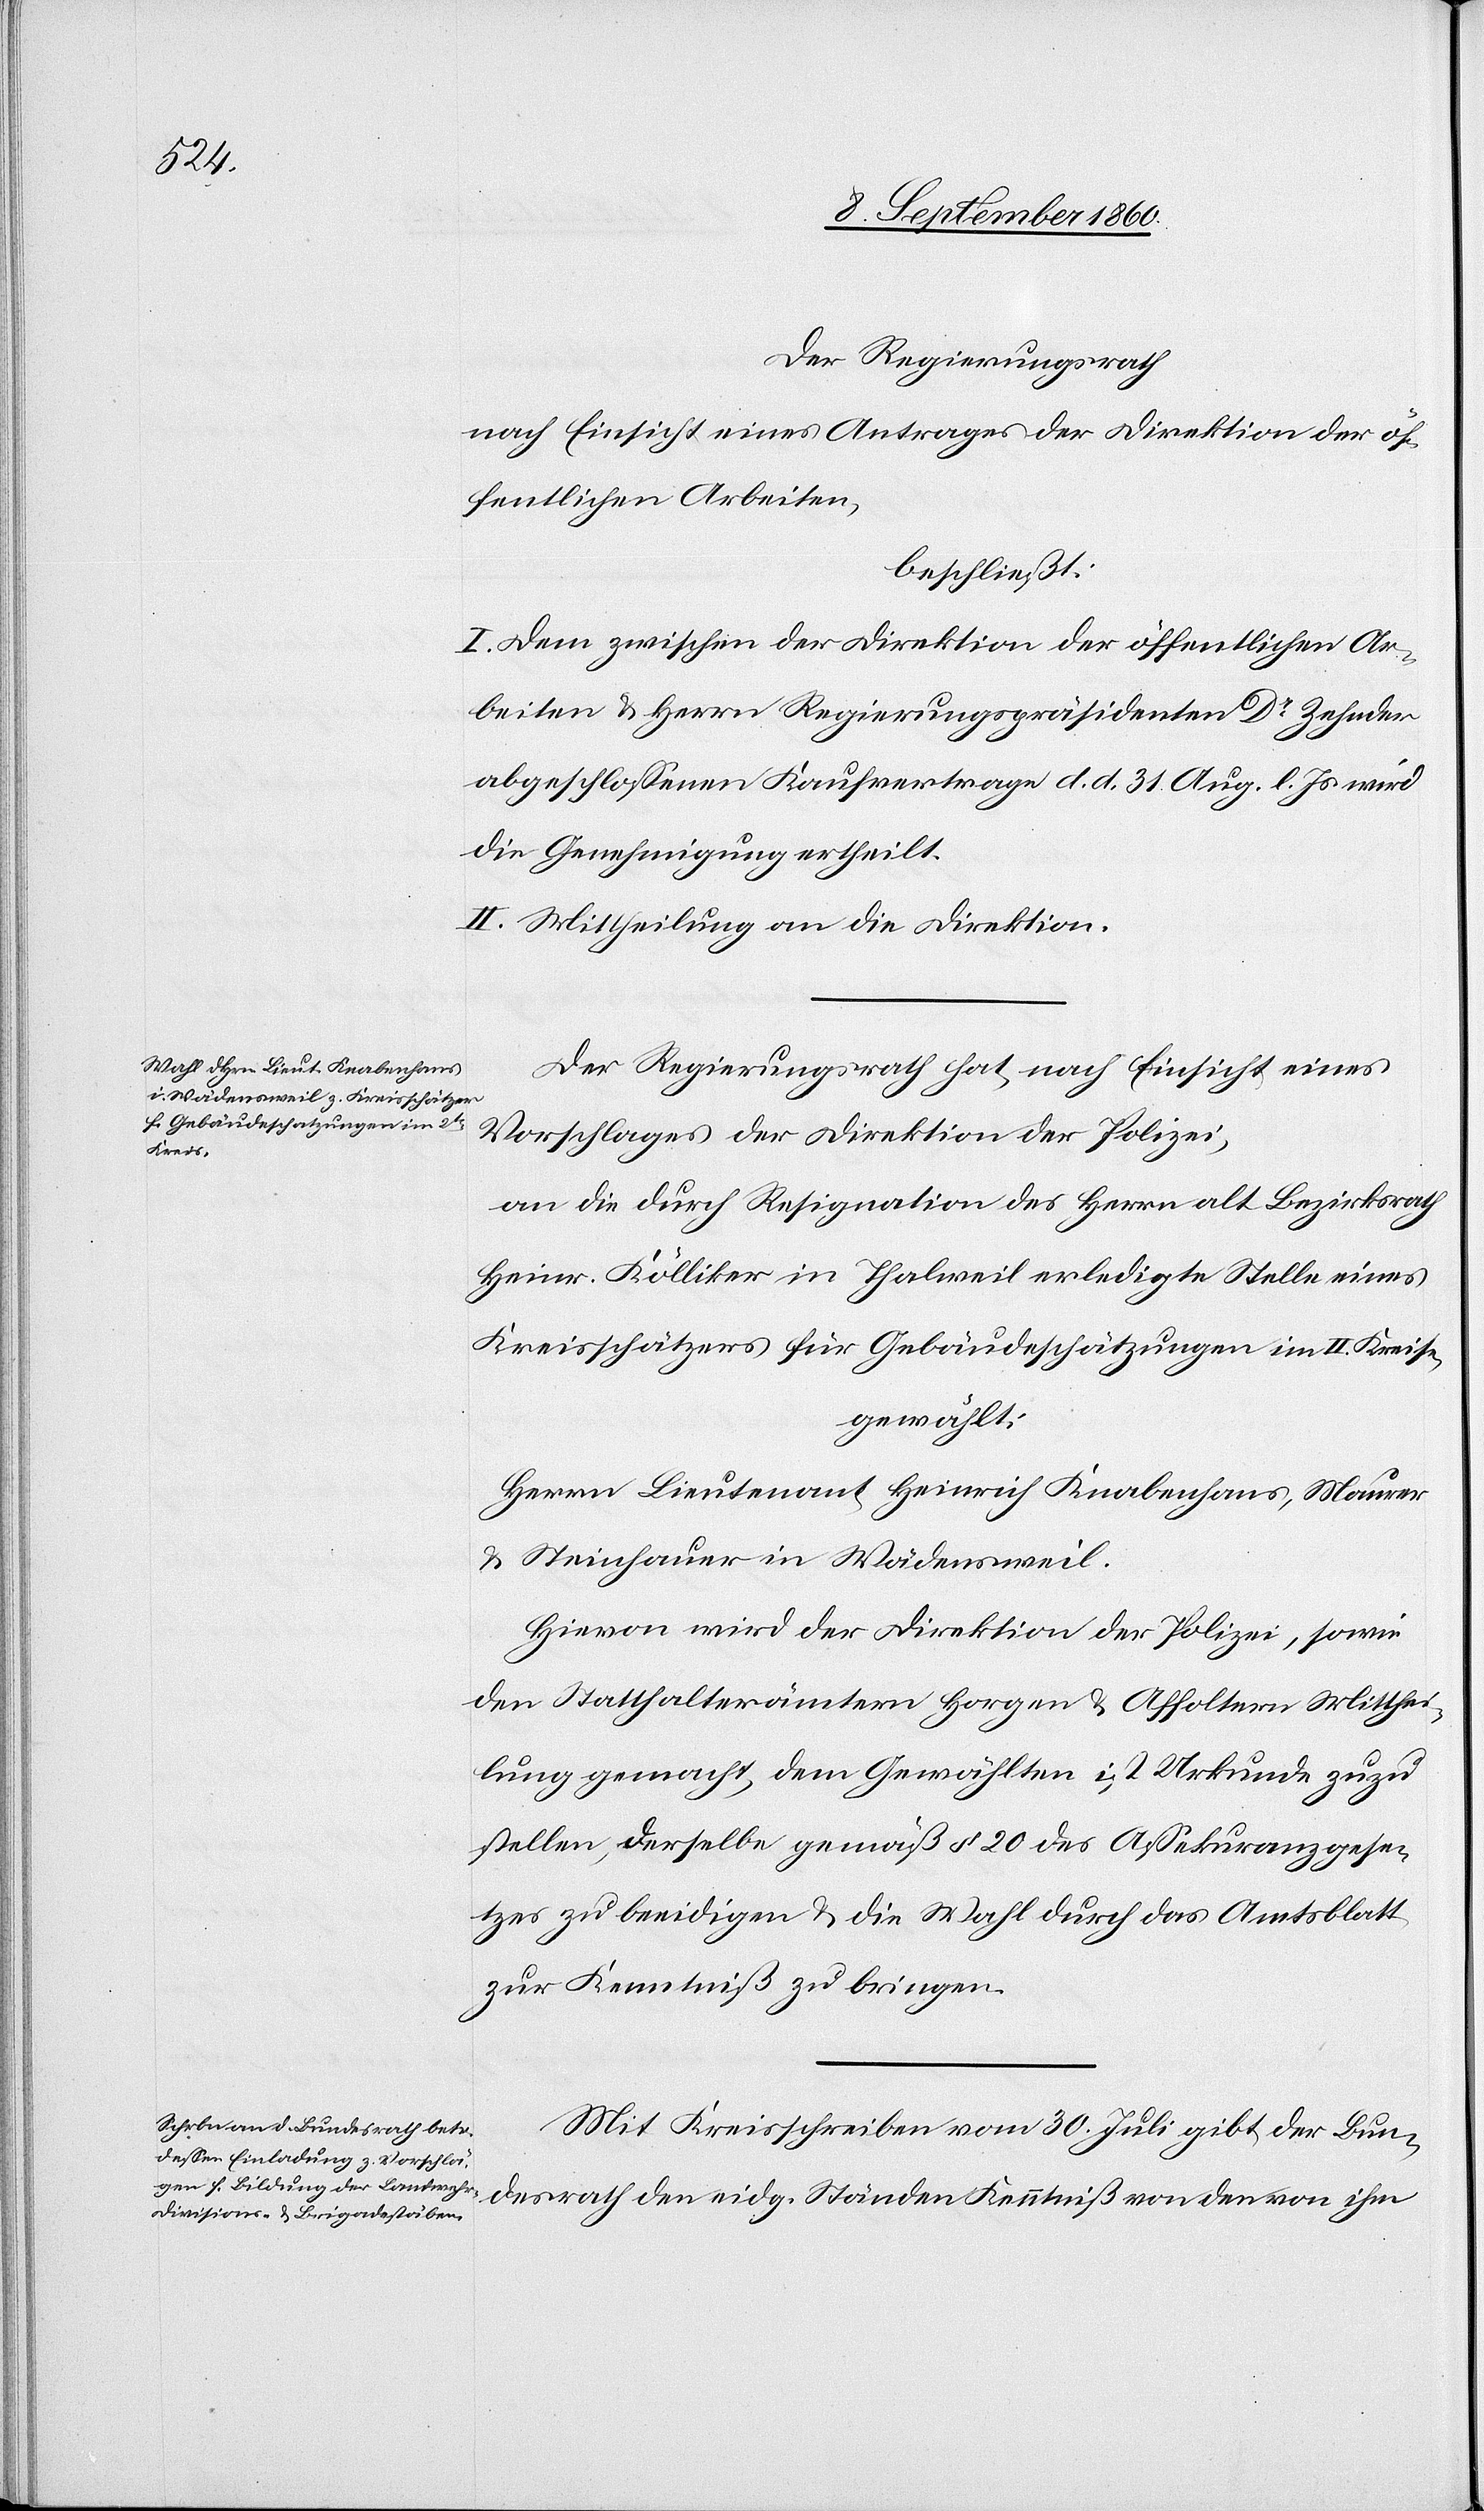
der Regierungsrath,
nach Einsicht eines Antrages der Direktion der öf¬
fentlichen Arbeiten,
beschliesst:
I. Dem zwischen der Direktion der öffentlichen Ar¬
beiten u. Herrn Regierungspräsidenten Dr. Zehnder
abgeschlossenen Kaufvertrage d. d. 31. August l. Js. wird
die Genehmigung ertheilt.
II. Mittheilung an die Direktion.
Der Regierungsrath hat, nach Einsicht eines
Vorschlages der Direktion der Polizei,
an die durch Resignation des Herrn alt Bezirksrath
Heinrich Kölliker Talweil erledigte Stelle eines
Kreisschätzers für Gebäudeschatzungen im II. Kreise,
gewählt:
Herrn Lieutenant Heinrich Knabenhans, Maurer
u. Steinhauer in Wädensweil.
Hievon wird der Direktion der Polizei, sowie
den Statthalterämtern Horgen u. Affoltern Mitthei¬
lung gemacht, dem Gewählten ist Urkunde zuzu¬
stellen, derselbe gemäss §. 20 des Assekuranzgese¬
tzes zu beeidigen u. die Wahl durch das Amtsblatt
zur Kenntniss zu bringen.
Mit Kreisschreiben vom 30. Juli gibt der Bun¬
desrath den eidg. Ständen Kenntniss von der von ihm